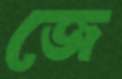
জে